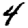
Digit: 4